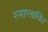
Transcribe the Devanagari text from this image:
रसाप्लावित